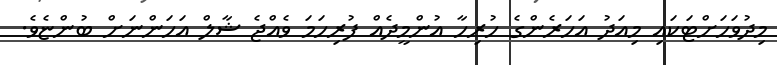
މިދުވަހަށްޓަކައި މިއަދު އަހަރެންގެ ހުރިހާ އުންމީދެއް ފުރިހަމަ ވެއްޖެ ޝާލް އަހަންނަށް ބުންޏެވެ.